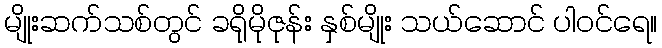
မျိုးဆက်သစ်တွင် ခရိုမိုဇုန်း နှစ်မျိုး သယ်ဆောင် ပါဝင်ရေ။